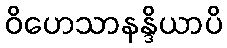
ဝိဟေသာနန္ဒိယာပိ